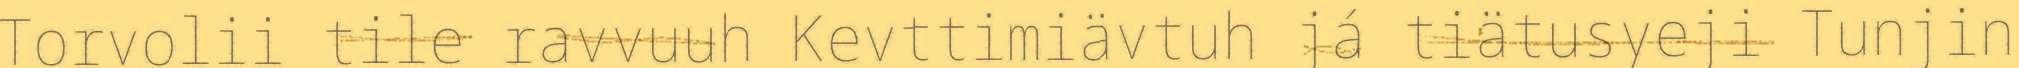
Torvolii tile ravvuuh Kevttimiävtuh já tiätusyeji Tunjin